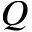
{ Q }